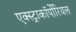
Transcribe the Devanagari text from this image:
एक्स्ट्राकॉर्पोरियल